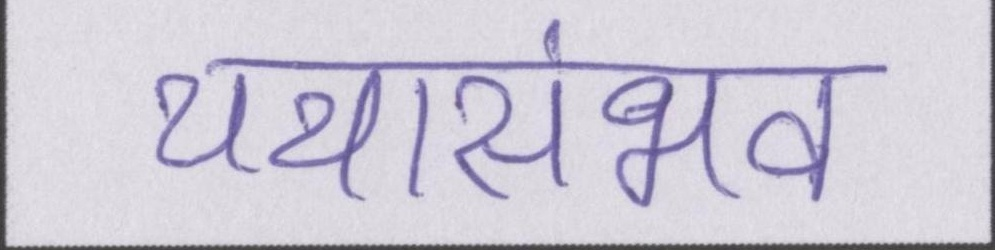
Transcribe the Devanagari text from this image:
यथासंभव